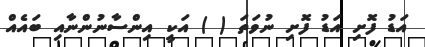
އަޑު ފޮށި އަޑު ފޮށި ނުވަތަ ( ) އަކީ އިންސާނުންނާއި ބައެއް